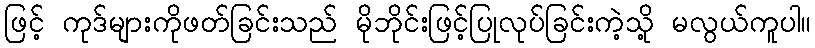
ဖြင့် ကုဒ်များကိုဖတ်ခြင်းသည် မိုဘိုင်းဖြင့်ပြုလုပ်ခြင်းကဲ့သို့ မလွယ်ကူပါ။